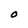
Character: O